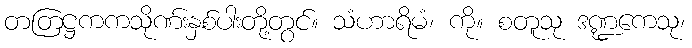
တတြဋ္ဌကကသိုဏ်းနှစ်ပါးတို့တွင်။ သံဟာရိမံ၊ ကို။ စတူသု ဒဏ္ဍကေသု၊